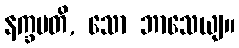
နက္ခမတိ, သော ဘာသေယျ။